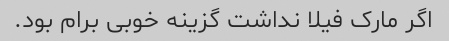
اگر مارک فیلا نداشت گزینه خوبی برام بود.